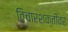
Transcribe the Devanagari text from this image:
विचारशक्तीवर